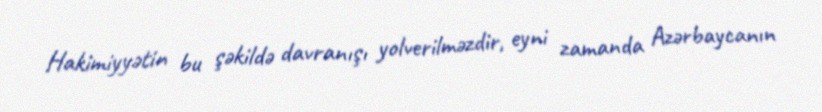
Hakimiyyətin bu şəkildə davranışı yolverilməzdir, eyni zamanda Azərbaycanın